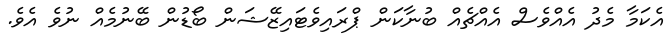
އެކަމާ މެދު އެއްވެސް އެއްޗެއް ބުނާކަން ޕްރައިވެޓައިޒޭޝަން ބޯޑުން ބޭނުމެއް ނުވެ އެވެ.